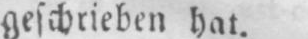
geschrieben hat.